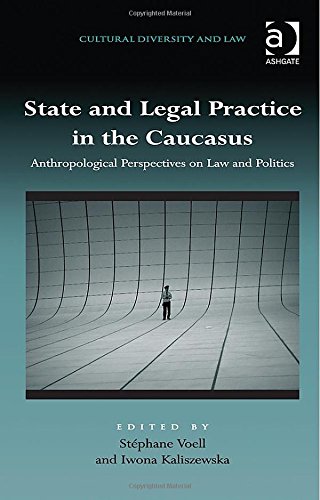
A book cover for State and Legal Practice in the Caucasus: Anthropological Perspectives on Law and Politics (Cultural Diversity and Law); Law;